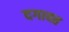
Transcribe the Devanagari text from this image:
दगावत